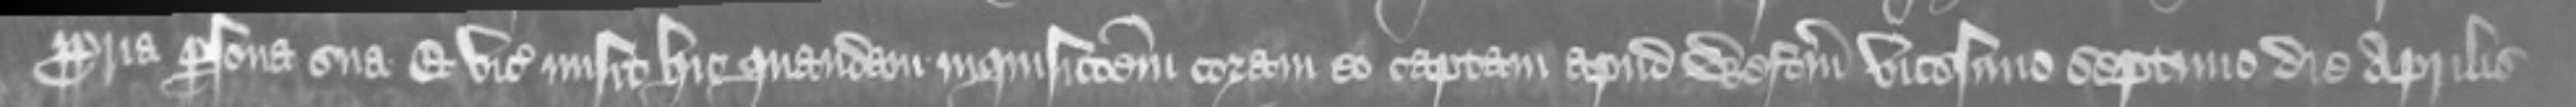
in propria persona sua Et vicecomes misit hic quandam inquisitionem coram eo captam apud Westmonasterium vicesimo septimo die Aprilis